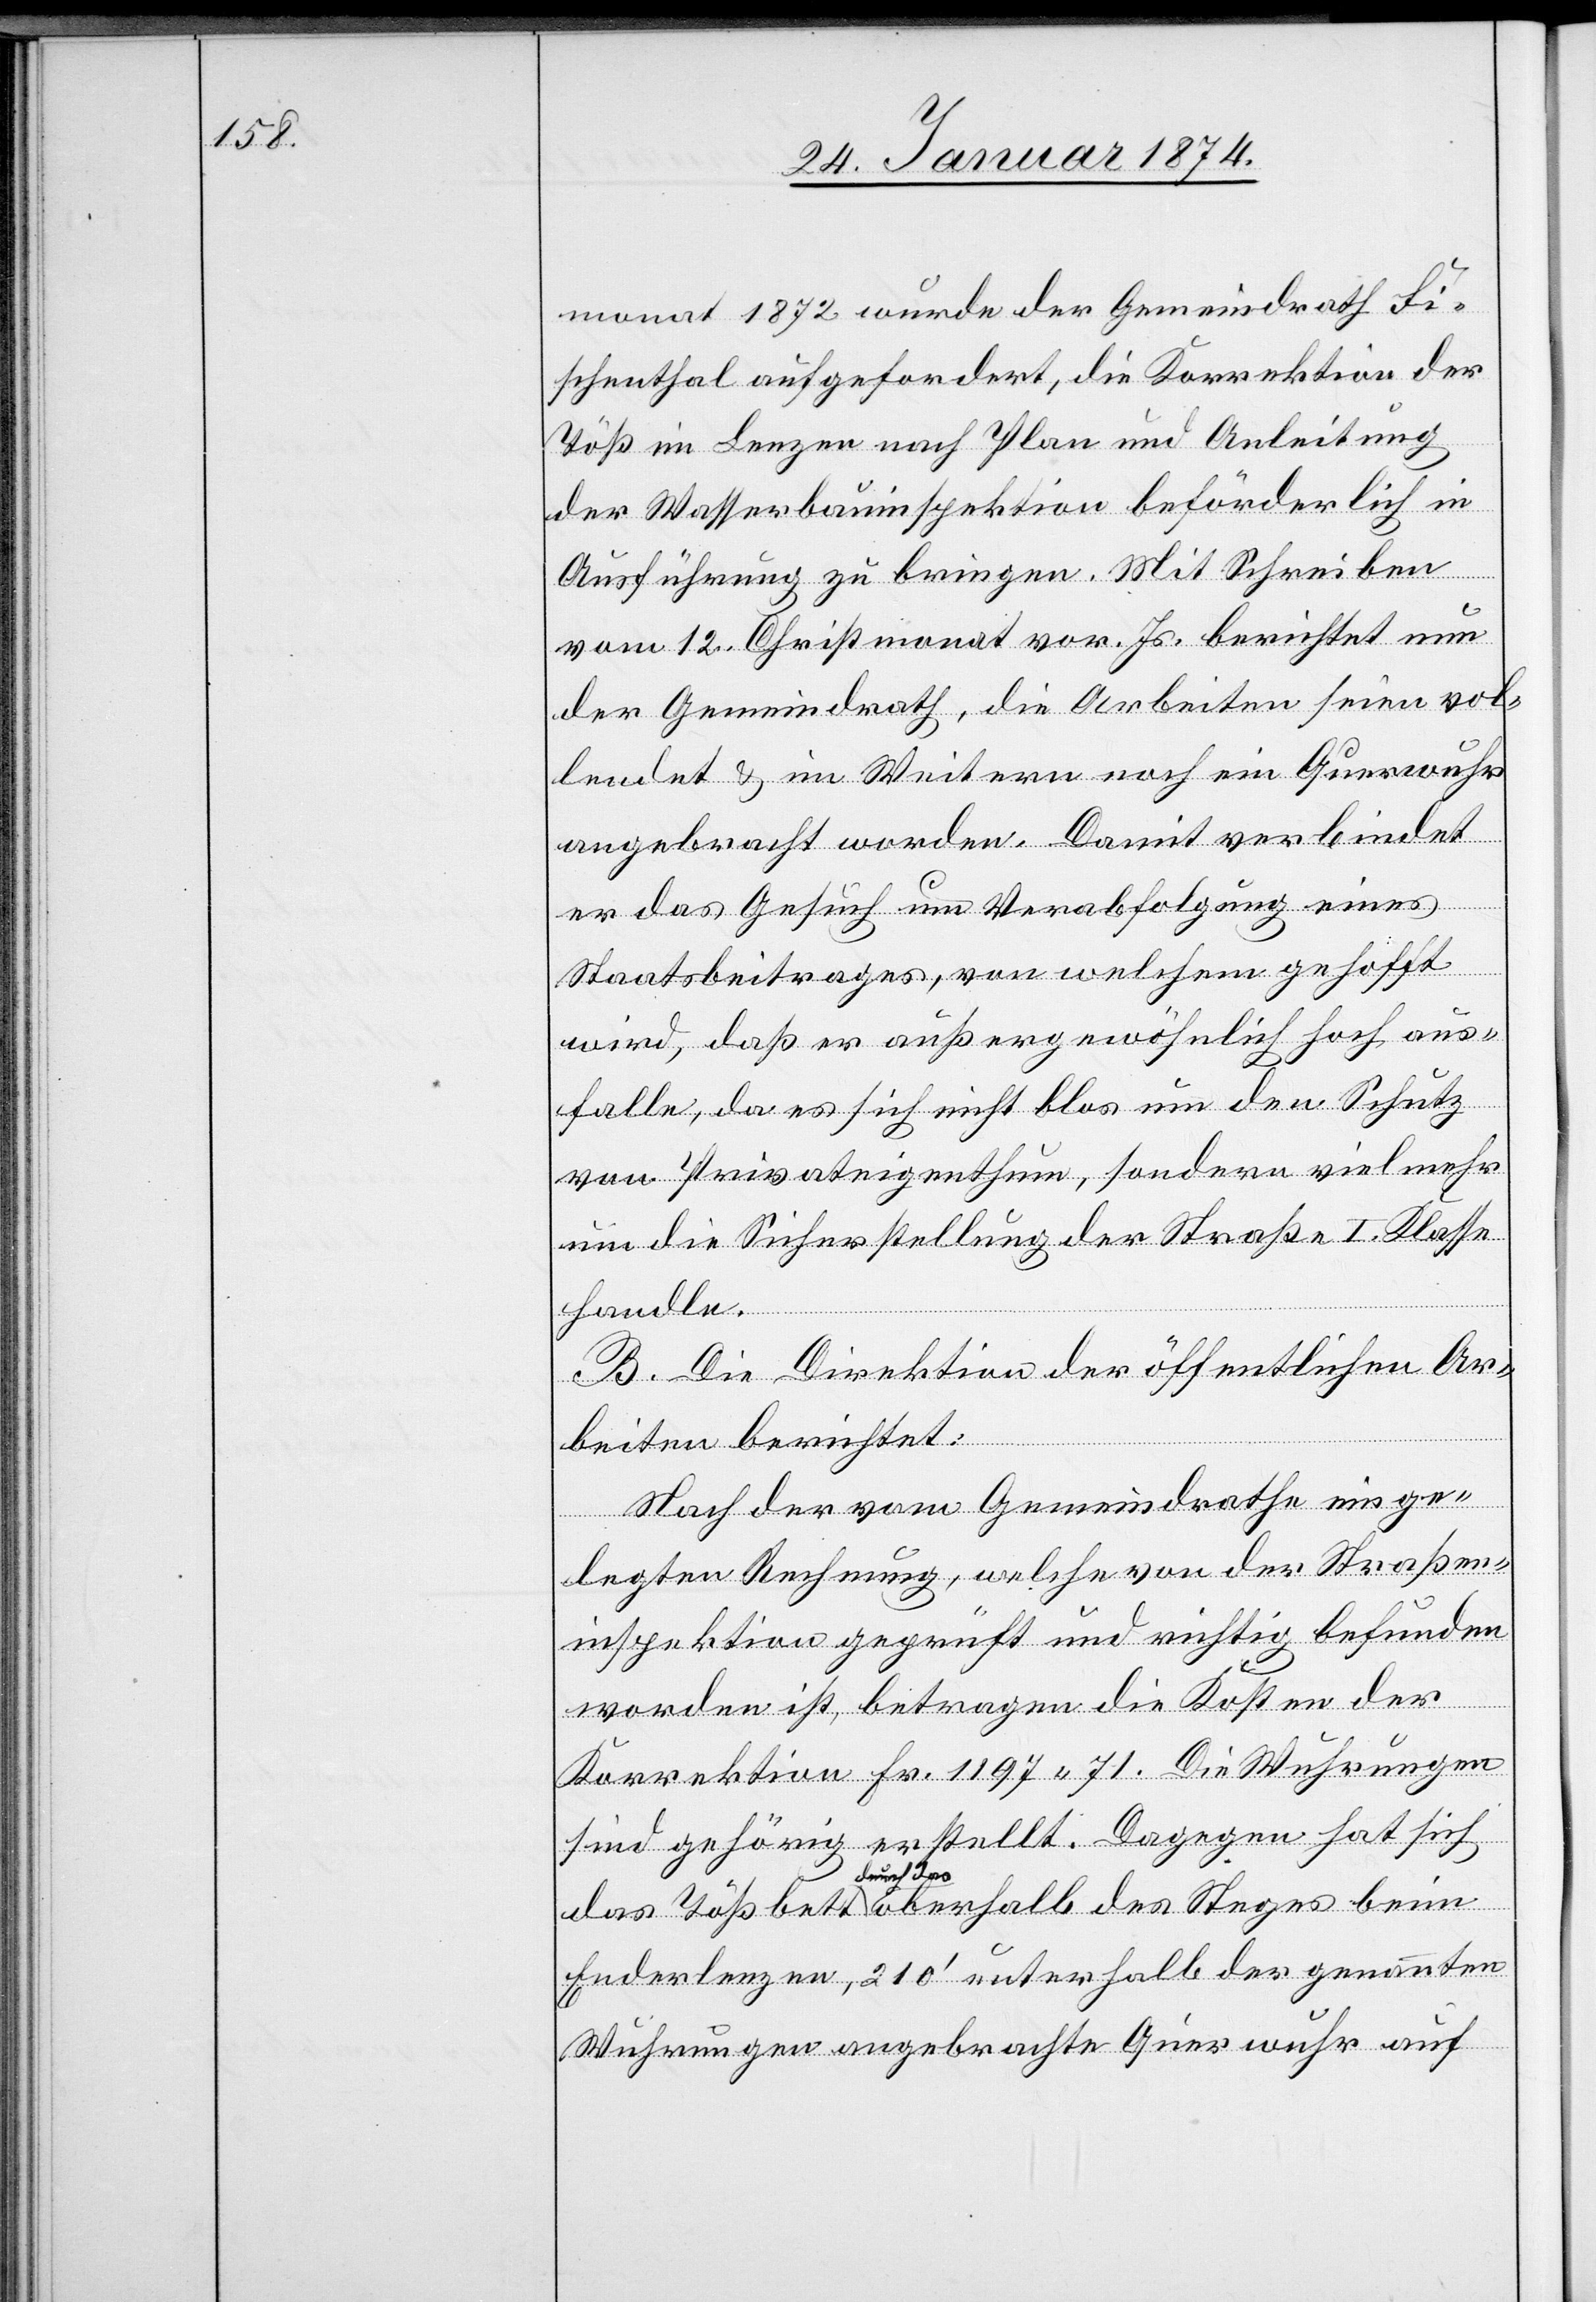
monat 1872 wurde der Gemeindrath Fi¬
schentahl aufgefordert, die Korrektion der
Töß im Lenzen nach Plan und Anleitung
der Wasserbauinspektion beförderlich in
Ausführung zu bringen. mit Schreiben
vom 12. Christmonat vor. Js. berichtet nun
der Gemeindrath, die Arbeiten seien vol¬
lendet & im Weitern noch ein Querwuhr
angebracht worden. Damit verbindet
er das Gesuch um Verabfolgung eines
des
Staatsbeitrages, von welchem gehofft
wird, daß er außergewöhnlich hoch aus¬
falle, da es sich nicht blos um den Schutz
von Privateigenthum, sondern viel mehr
um die Sicherstellung der Straße I. Klasse
Steges
handle.
B. Die Direktion der öffentlichen Ar¬
beim
beiten berichtet:
Nach der vom Gemeindrathe einge¬
legten Rechnung, welche von der Straßen¬
inspektion geprüft und richtig befunden
Tößbe¬
worden ist, betragen die Kosten der
Korrektion Fr. 1197.71. Die Wuhrungen
sind gehörig erstellt. Dagegen hat sich
tt durch das
Enderlenzen, 210‘ unterhalb der genannten
Wuhrungen angebrachte Querwuhr auf